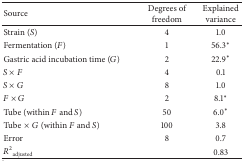
<table><thead><tr><td><b>Source</b></td><td><b>Degrees of freedom</b></td><td><b>Explained variance</b></td></tr></thead><tbody><tr><td>Strain (<i>S</i>)</td><td>4</td><td>1.0</td></tr><tr><td>Fermentation (<i>F</i>)</td><td>1</td><td>56.3<sup><i>∗</i></sup></td></tr><tr><td>Gastric acid incubation time (<i>G</i>)</td><td>2</td><td>22.9<sup><i>∗</i></sup></td></tr><tr><td><i>S</i> × <i>F</i></td><td>4</td><td>0.1</td></tr><tr><td><i>S</i> × <i>G</i></td><td>8</td><td>1.0</td></tr><tr><td><i>F</i> × <i>G</i></td><td>2</td><td>8.1<sup><i>∗</i></sup></td></tr><tr><td>Tube (within <i>F</i> and <i>S</i>)</td><td>50</td><td>6.0<sup><i>∗</i></sup></td></tr><tr><td>Tube×<i>G</i> (within <i>F</i> and <i>S</i>)</td><td>100</td><td>3.8</td></tr><tr><td>Error</td><td>8</td><td>0.7</td></tr><tr><td><i>R</i><sup>2</sup><sub>adjusted</sub></td><td> </td><td>0.83</td></tr></tbody></table>